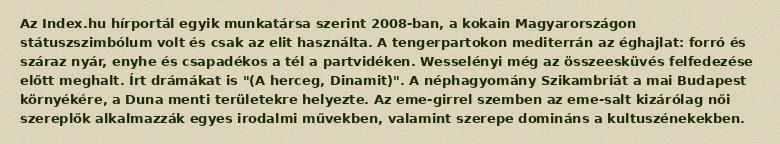
Az Index.hu hírportál egyik munkatársa szerint 2008-ban, a kokain Magyarországon státuszszimbólum volt és csak az elit használta. A tengerpartokon mediterrán az éghajlat: forró és száraz nyár, enyhe és csapadékos a tél a partvidéken. Wesselényi még az összeesküvés felfedezése előtt meghalt. Írt drámákat is "(A herceg, Dinamit)". A néphagyomány Szikambriát a mai Budapest környékére, a Duna menti területekre helyezte. Az eme-girrel szemben az eme-salt kizárólag női szereplők alkalmazzák egyes irodalmi művekben, valamint szerepe domináns a kultuszénekekben.